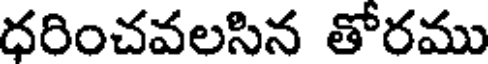
ధరించవలసిన తోరము